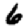
Digit: 6